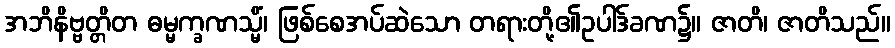
အဘိနိဗ္ဗတ္တိတ ဓမ္မက္ခဏသ္မိံ၊ ဖြစ်စေအပ်ဆဲသော တရားတို့၏ဥပါဒ်ခဏ၌။ ဇာတိ၊ ဇာတိသည်။